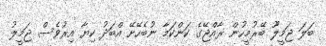
ބަލަ ޖަމީލޫ ބޭރުމީހުން ރާއްޖޭގެ ކަންކަމާ ނުބެހޭށޭ އްބަދު ކިޔާ އިރުވެސް ޖަމީލު